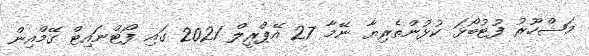
މަޝްހޫރު ފުޓުބޯޅަ ކުޅުންތެރިޔާ ނޭމާ 27 އޭޕްރީލް 2021 ގައި ފޯޓްނައިޓް ގޭމްއިން